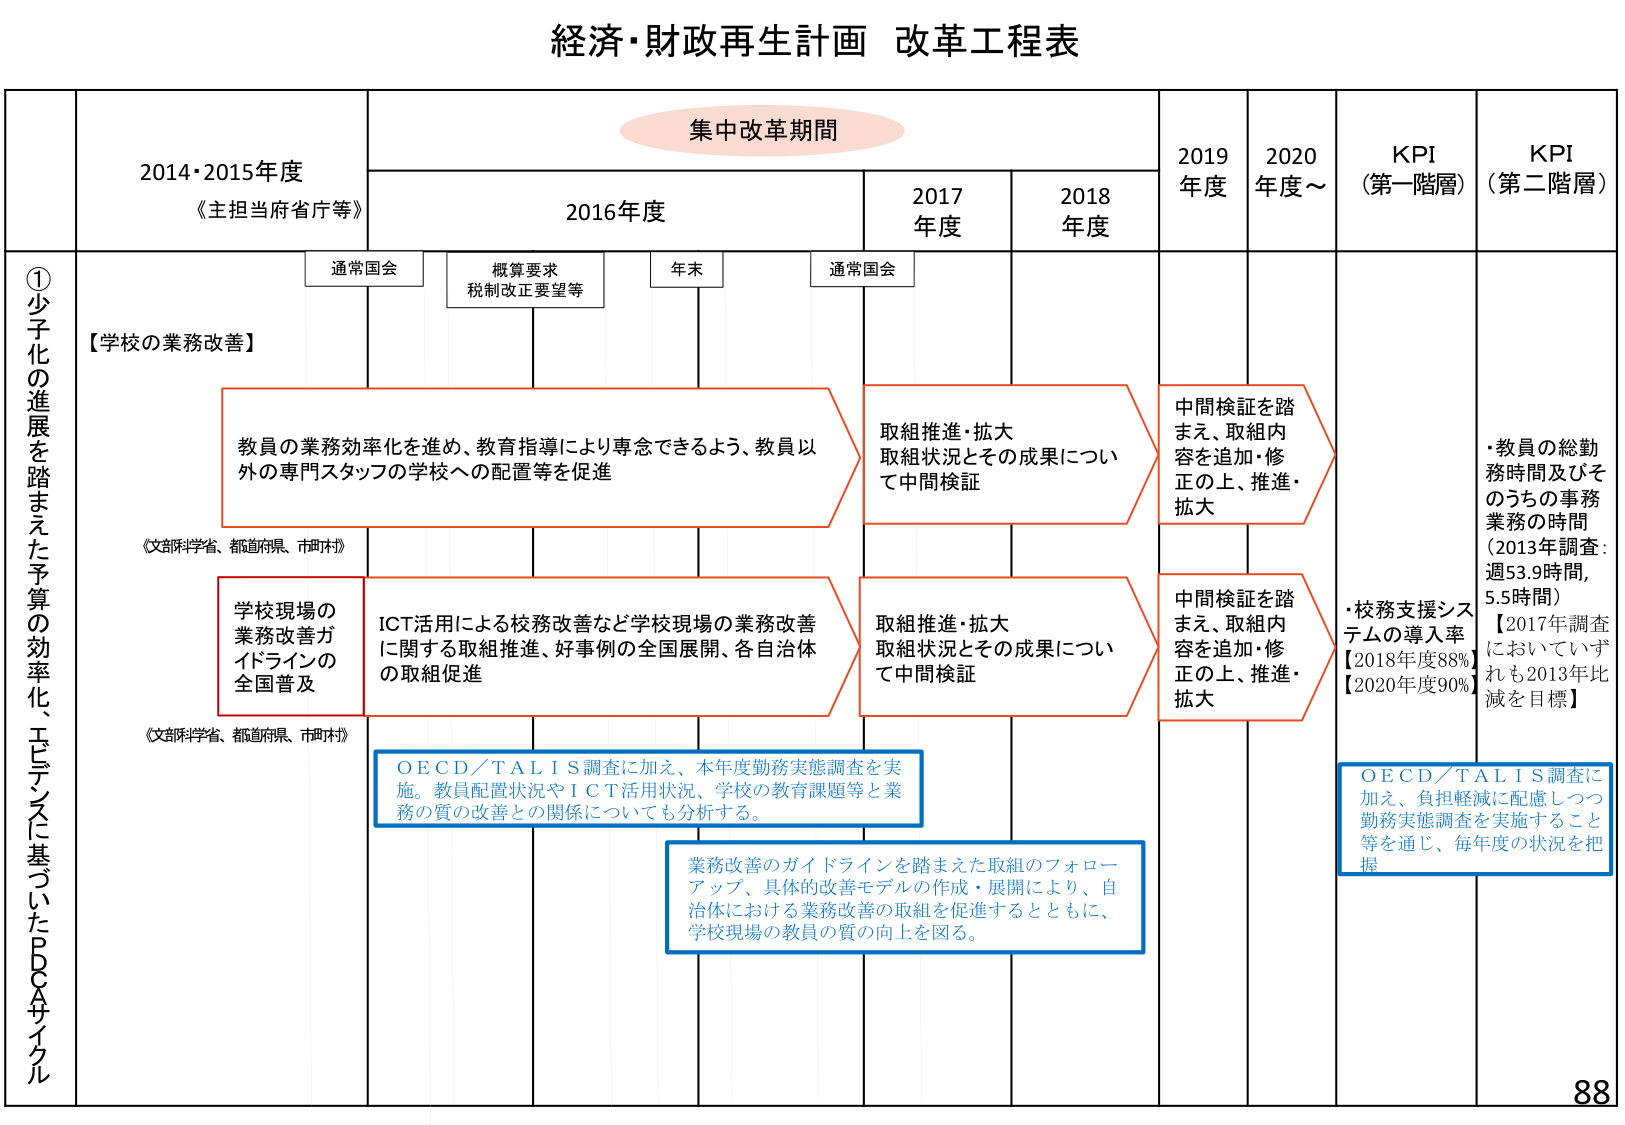
経済・財政再生計画 改革工程表

集中改革期間

2014・2015年度
《主担当府省庁等》

2016年度
通常国会
概算要求
税制改正要望等
年末
通常国会

2017年度
2018年度
2019年度
2020年度～
KPI（第一階層）
KPI（第二階層）

①少子化の進展を踏まえた予算の効率化、エビデンスに基づいたPDCAサイクル

【学校の業務改善】

教員の業務効率化を進め、教育指導により専念できるよう、教員以外の専門スタッフの学校への配置等を促進
《文部科学省、都道府県、市町村》

学校現場の業務改善ガイドラインの全国普及
ICT活用による校務改善など学校現場の業務改善に関する取組推進、好事例の全国展開、各自治体の取組促進
《文部科学省、都道府県、市町村》

取組推進・拡大
取組状況とその成果について中間検証

取組推進・拡大
取組状況とその成果について中間検証

中間検証を踏まえ、取組内容を追加・修正の上、推進・拡大

中間検証を踏まえ、取組内容を追加・修正の上、推進・拡大

・教員の総勤務時間及びそのうちの事務業務の時間
（2013年調査：週53.9時間，5.5時間）
【2017年調査においていずれも2013年比減を目指す】

・校務支援システムの導入率
【2018年度88%】
【2020年度90%】

O E C D／T A L I S調査に加え、本年度勤務実態調査を実施。教員配置状況やI C T活用状況、学校の教育課題等と業務の質の改善との関係についても分析する。

業務改善のガイドラインを踏まえた取組のフォローアップ、具体的改善モデルの作成・展開により、自治体における業務改善の取組を促進するとともに、学校現場の教員の質の向上を図る。

O E C D／T A L I S調査に加え、負担軽減に配慮しつつ勤務実態調査を実施すること等を通じ、毎年度の状況を把握

88